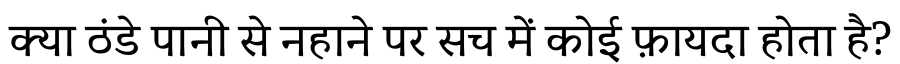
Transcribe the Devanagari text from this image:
क्या ठंडे पानी से नहाने पर सच में कोई फ़ायदा होता है?